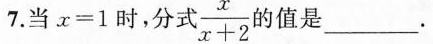
7.当$$x = 1$$时，分式 $$\frac { x } { x + 2 }$$ 的值是___.